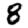
Digit: 8